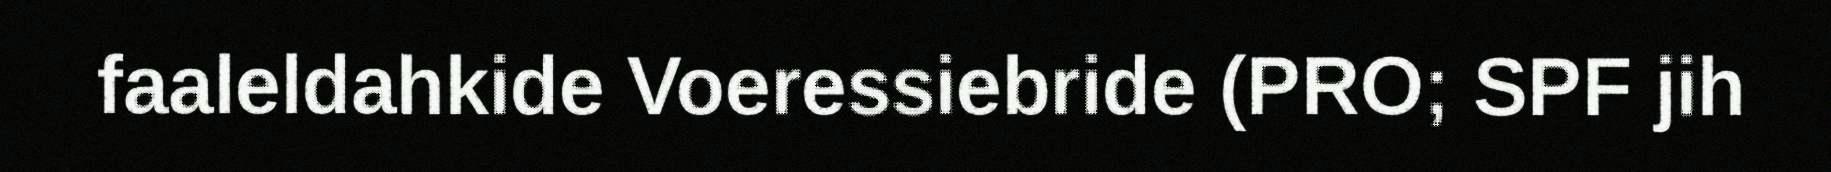
faaleldahkide Voeressiebride (PRO; SPF jih